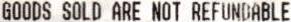
GOODS SOLD ARE NOT REFUNDABLE